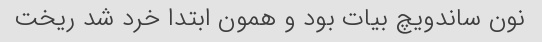
نون ساندویچ بیات بود و همون ابتدا خرد شد ریخت